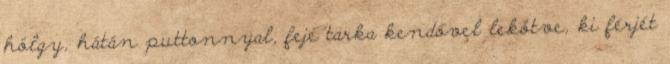
hölgy, hátán puttonnyal, feje tarka kendővel lekötve, ki férjét